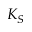
K _ { S }